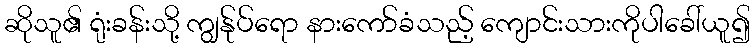
ဆိုသူ၏ ရုံးခန်းသို့ ကျွန်ုပ်ရော နားကော်ခံသည့် ကျောင်းသားကိုပါခေါ်ယူ၍